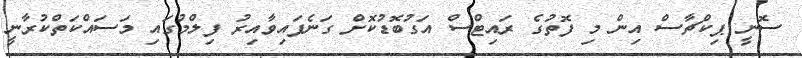
ސޮނީ ޕިކްޗާސް އިން މި ފޮތުގެ ރައިޓްސް އަގުބޮޑުކޮށް ގަނެފައިވާއިރު ފިލްމުގައި މަސައްކަތްކުރާނީ